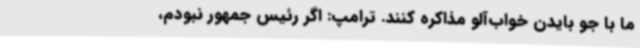
ما با جو بایدن خواب‌آلو مذاکره کنند. ترامپ: اگر رئیس جمهور نبودم،